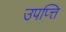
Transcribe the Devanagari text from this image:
उपप्त्ति